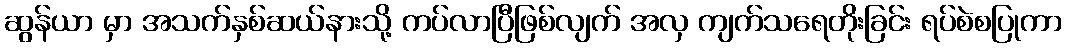
ဆွန်ယာ မှာ အသက်နှစ်ဆယ်နားသို့ ကပ်လာပြီဖြစ်လျက် အလှ ကျက်သရေတိုးခြင်း ရပ်စဲစပြုကာ